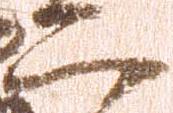
二